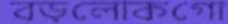
বড়লোকগো